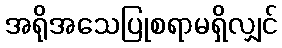
အရိုအသေပြုစရာမရှိလျှင်